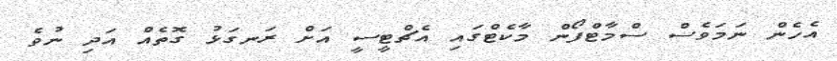
އެހެން ނަމަވެސް ސްމާޓްފޯން މާކެޓްގައި އެޗްޓީސީ އަށް ރަނގަޅު ގޮތެއް އަދި ނުވެ